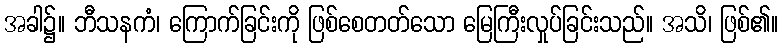
အခါ၌။ ဘီသနကံ၊ ကြောက်ခြင်းကို ဖြစ်စေတတ်သော မြေကြီးလှုပ်ခြင်းသည်။ အသိ၊ ဖြစ်၏။